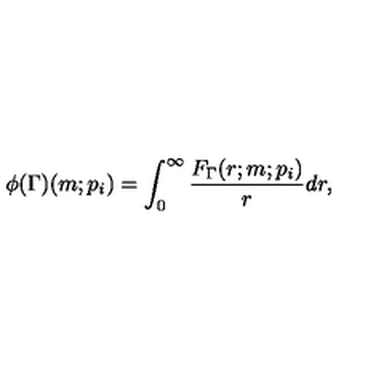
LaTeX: \phi ( \Gamma ) ( m ; p _ { i } ) = \int _ { 0 } ^ { \infty } \frac { F _ { \Gamma } ( r ; m ; p _ { i } ) } { r } d r ,